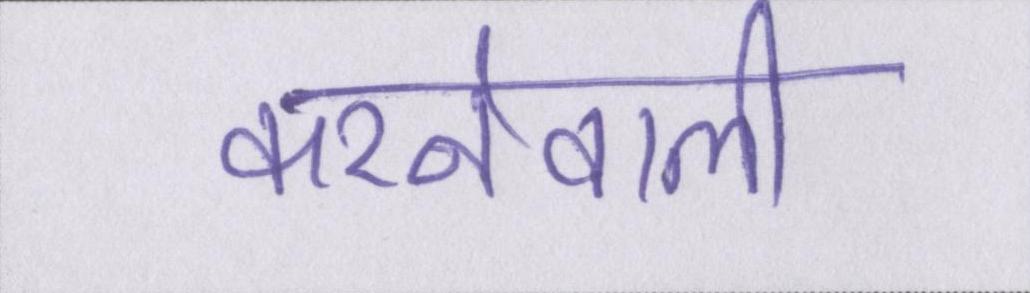
करनेवाली